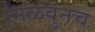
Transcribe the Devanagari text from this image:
मिळवुनच